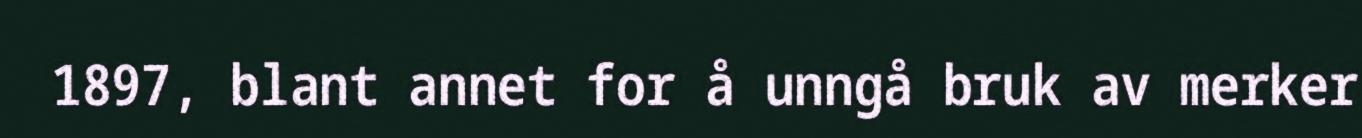
1897, blant annet for å unngå bruk av merker